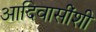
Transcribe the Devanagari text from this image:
आदिवासींशी